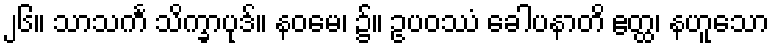
၂၆။ သာသင်္က သိက္ခာပုဒ်။ နဝမေ၊ ၌။ ဥပဝဿံ ခေါပနာတိ ဧတ္ထ၊ နဟူသော